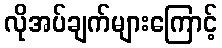
လိုအပ်ချက်များကြောင့်